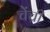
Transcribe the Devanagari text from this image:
चेंच्री